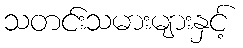
သတင်းသမားများနှင့်